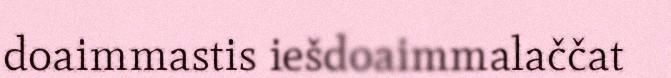
doaimmastis iešdoaimmalaččat